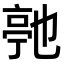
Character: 𬽓